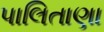
પાલિતાણા